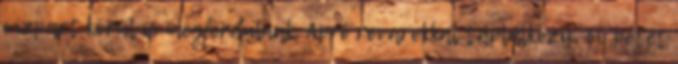
vízpart körül is megfordulnak. Apró rovarokkal táplálkozik. 50 petét